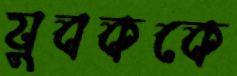
যুবককে